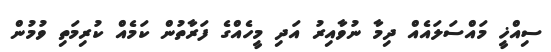
ސިއްޚީ މައްސަލައެއް ދިމާ ނުވާއިރު އަދި މީހެއްގެ ފަރާތުން ކަމެއް ކުރިމަތި ވުމުން